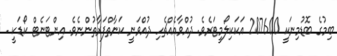
ބިމުގެ ބޮޑުމިނަކީ 207600 އަކަކިލޯމީޓަރެވެ. ދުއްވާއެއްޗެހި ދުއްވަނީ ކަނާތްފަރާތުންނެވެ. އިންޓަނެޓް ކޯޑަކީ .